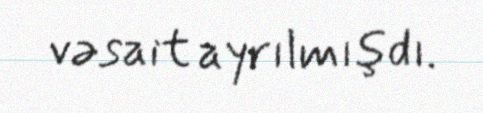
vəsait ayrılmışdı.